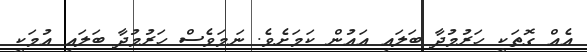
އެއް ގޮތަކީ ހަރުމުދާ ބަލައި އައުން ކަމަށެވެ. ނަމަވެސް ހަރުމުދާ ބަލައި އުމަކީ